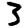
Digit: 3